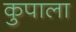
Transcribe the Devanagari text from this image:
कुपाला